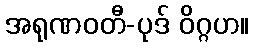
အရုဏဝတီ-ပုဒ် ဝိဂ္ဂဟ။